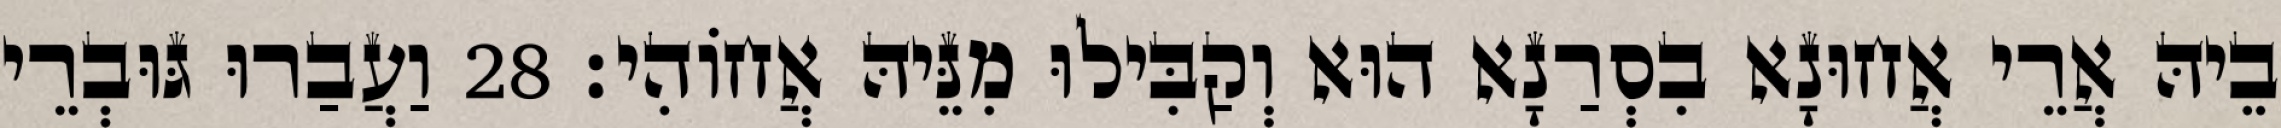
בֵיהּ אֲרֵי אֲחוּנָא בִסְרַנָא הוּא וְקַבִּילוּ מִנֵּיהּ אֲחוֹהִי׃ 28 וַעֲבַרוּ גּוּבְרֵי